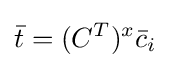
{\bar {t}}=(C^{T})^{x}{\bar {c}}_{i}